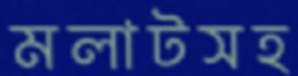
মলাটসহ